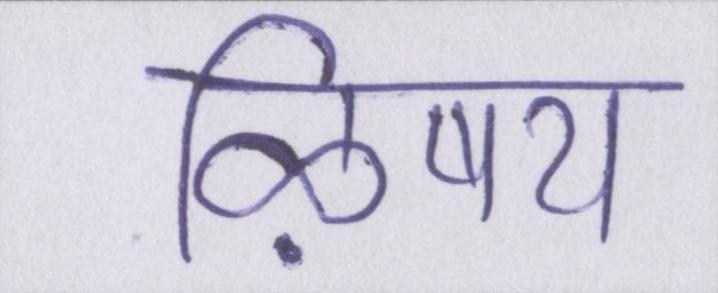
ऴिषय